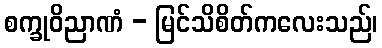
စက္ခုဝိညာဏံ - မြင်သိစိတ်ကလေးသည်၊